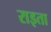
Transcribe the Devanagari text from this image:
राइता